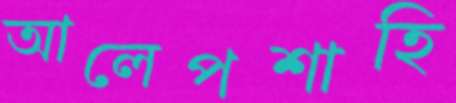
আলেপশাহি